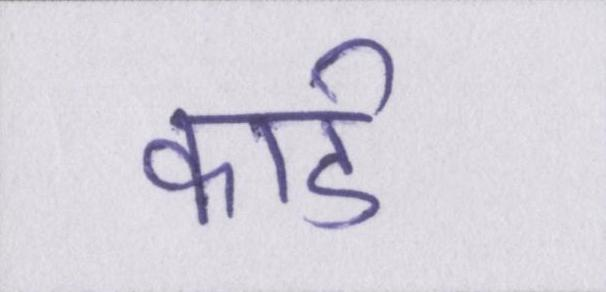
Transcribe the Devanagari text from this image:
कार्ड